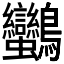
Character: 𪈿